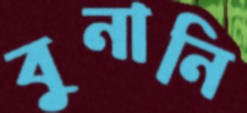
বুনানি